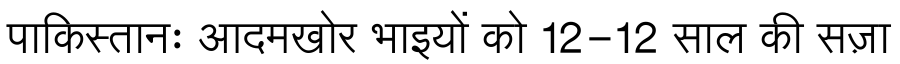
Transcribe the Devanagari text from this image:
पाकिस्तानः आदमखोर भाइयों को 12-12 साल की सज़ा